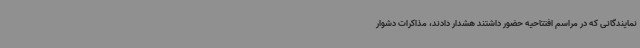
نمایندگانی که در مراسم افتتاحیه حضور داشتند هشدار دادند، مذاکرات دشوار